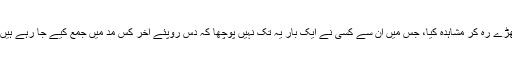
ہم نے یہ معاملہ خود اپنی آنکھوں سے دیر تک کھڑے رہ کر مشاہدہ کیا، جس میں ان سے کسی نے ایک بار یہ تک نہیں پوچھا کہ دس روپئے آخر کس مُد میں جمع کیے جا رہے ہیں شاید اس لیے کہ ’’پولیس والوں سے کون الجھے؟